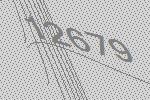
12679